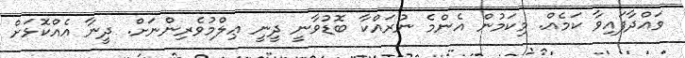
ވައްދާފައިވާ ކަމެެއް. މިކަމުން އެންމެ ނުރައްކާ ބޮޑުވާނީ ދީނީ ޢިލްމުވެރިންނަށް. ދީނާ އެއްކޮޅަށް